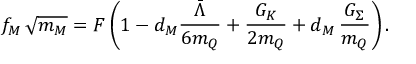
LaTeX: f _ { M } \, \sqrt { m _ { M } } = F \left( 1 - d _ { M } \frac { \bar { \Lambda } } { 6 m _ { Q } } + \frac { G _ { K } } { 2 m _ { Q } } + d _ { M } \, \frac { G _ { \Sigma } } { m _ { Q } } \right) .